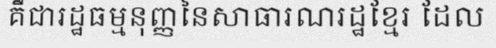
គឺជារដ្ឋធម្មនុញ្ញនៃសាធារណរដ្ឋខ្មែរ ដែល